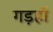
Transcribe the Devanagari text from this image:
गड़हों